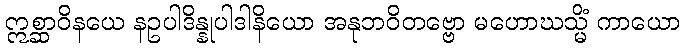
ဣစ္ဆာဝိနယေ နဥပါဒိန္နုပါဒါနိယော အနုဘဝိတဗ္ဗော မဟောဃသ္မိံ ကာယော